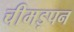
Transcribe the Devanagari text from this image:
चीमड़पन